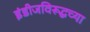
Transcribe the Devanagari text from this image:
इंडीजविरूद्धच्या